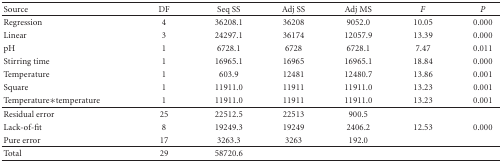
| Source | DF | Seq SS | Adj SS | Adj MS | F | P |
 | --- | --- | --- | --- | --- | --- | --- |
 | Regression | 4 | 36208.1 | 36208 | 9052.0 | 10.05 | 0.000 |
 | Linear | 3 | 24297.1 | 36174 | 12057.9 | 13.39 | 0.000 |
 | pH | 1 | 6728.1 | 6728 | 6728.1 | 7.47 | 0.011 |
 | Stirring time | 1 | 16965.1 | 16965 | 16965.1 | 18.84 | 0.000 |
 | Temperature | 1 | 603.9 | 12481 | 12480.7 | 13.86 | 0.001 |
 | Square | 1 | 11911.0 | 11911 | 11911.0 | 13.23 | 0.001 |
 | Temperature∗temperature | 1 | 11911.0 | 11911 | 11911.0 | 13.23 | 0.001 |
 | Residual error | 25 | 22512.5 | 22513 | 900.5 |  |  |
 | Lack-of-fit | 8 | 19249.3 | 19249 | 2406.2 | 12.53 | 0.000 |
 | Pure error | 17 | 3263.3 | 3263 | 192.0 |  |  |
 | Total | 29 | 58720.6 |  |  |  |  |